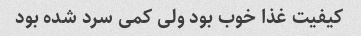
کیفیت غذا خوب بود ولی کمی سرد شده بود